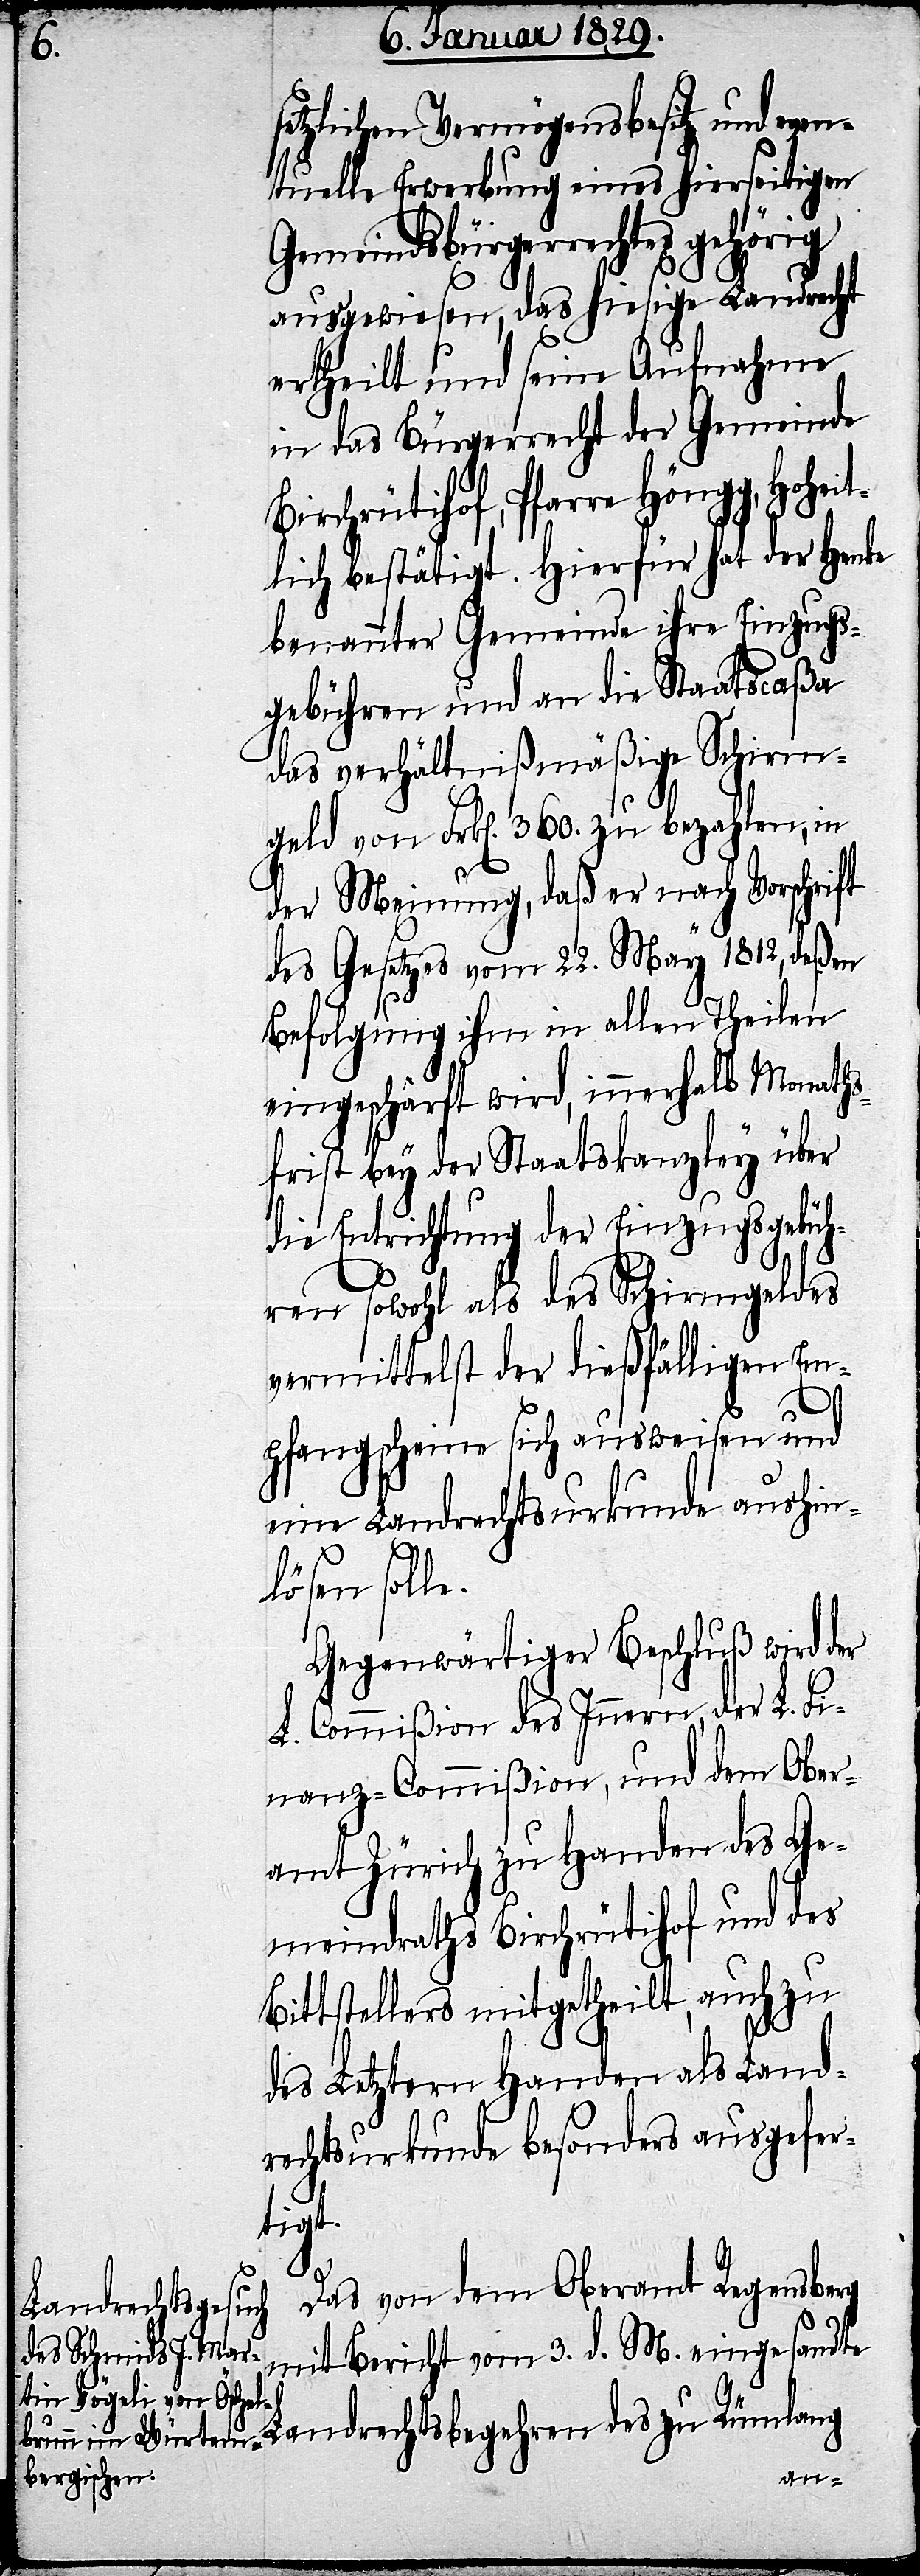
setzlichen Vermögensbesitz und even¬
tuelle Erwerbung eines hierseitigen
Gemeindsbürgerrechtes gehörig
ausgewiesen, das hiesige Landrecht
ertheilt und seine Aufnahme
in das Bürgerrecht der Gemeinde
Birchrütihof, Pfarre Höngg, hohe¬
lich bestätigt. Hierfür hat der Henke
benannter Gemeinde ihre Einzugs¬
gebühren und an die Staatscaßa
das verhältnißmäßige Schirm¬
geld von Frk[en]. 360. zu bezahlen, in
der Meinung, daß er nach Vorschrift
des Gesetzes vom 22. May 1812, deßen
Befolgung ihm in allen Theilen
eingeschärft wird, innerhalb Monaths¬
frist bey der Staatskanzley über
die Entrichtung der Einzugsgebüh¬
ren sowohl des Schirmgeldes
vermittelst der dießfälligen Em¬
pfangscheine sich ausweisen und
eine Landrechtsurkunde aushin¬
lösen solle.
Gegenwärtiger Beschluß wird der
L. Commißion des Innern, der L. Fi¬
nanz-Commißion, und dem Ober¬
amt Zürich zu Handen des Ge¬
meindraths Birchrütihof und des
Bittstellers mitgetheilt, auch zu
des Letztern Handen als Land¬
rechtsurkunde besonders ausgefer¬
tigt.
ren
des
Das von dem Oberamt Regensberg
Landrechtsbegeh¬
mit Bericht vom 3. d. M. eingesandte